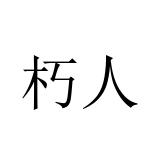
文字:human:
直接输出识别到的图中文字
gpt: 朽人